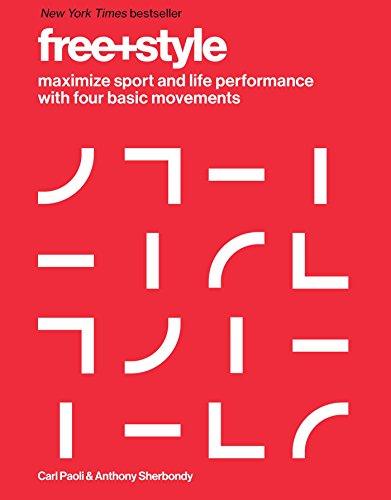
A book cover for Free+Style: Maximize Sport and Life Performance with Four Basic Movements; Carl Paoli; Health, Fitness & Dieting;